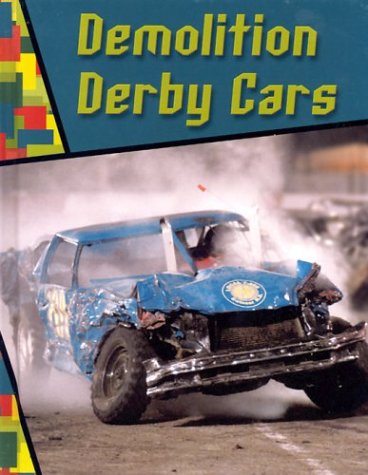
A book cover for Demolition Derby Cars (Wild Rides!); Jeff Savage; Children's Books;